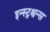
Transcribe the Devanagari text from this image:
इन्स्ट्रक्षन्स